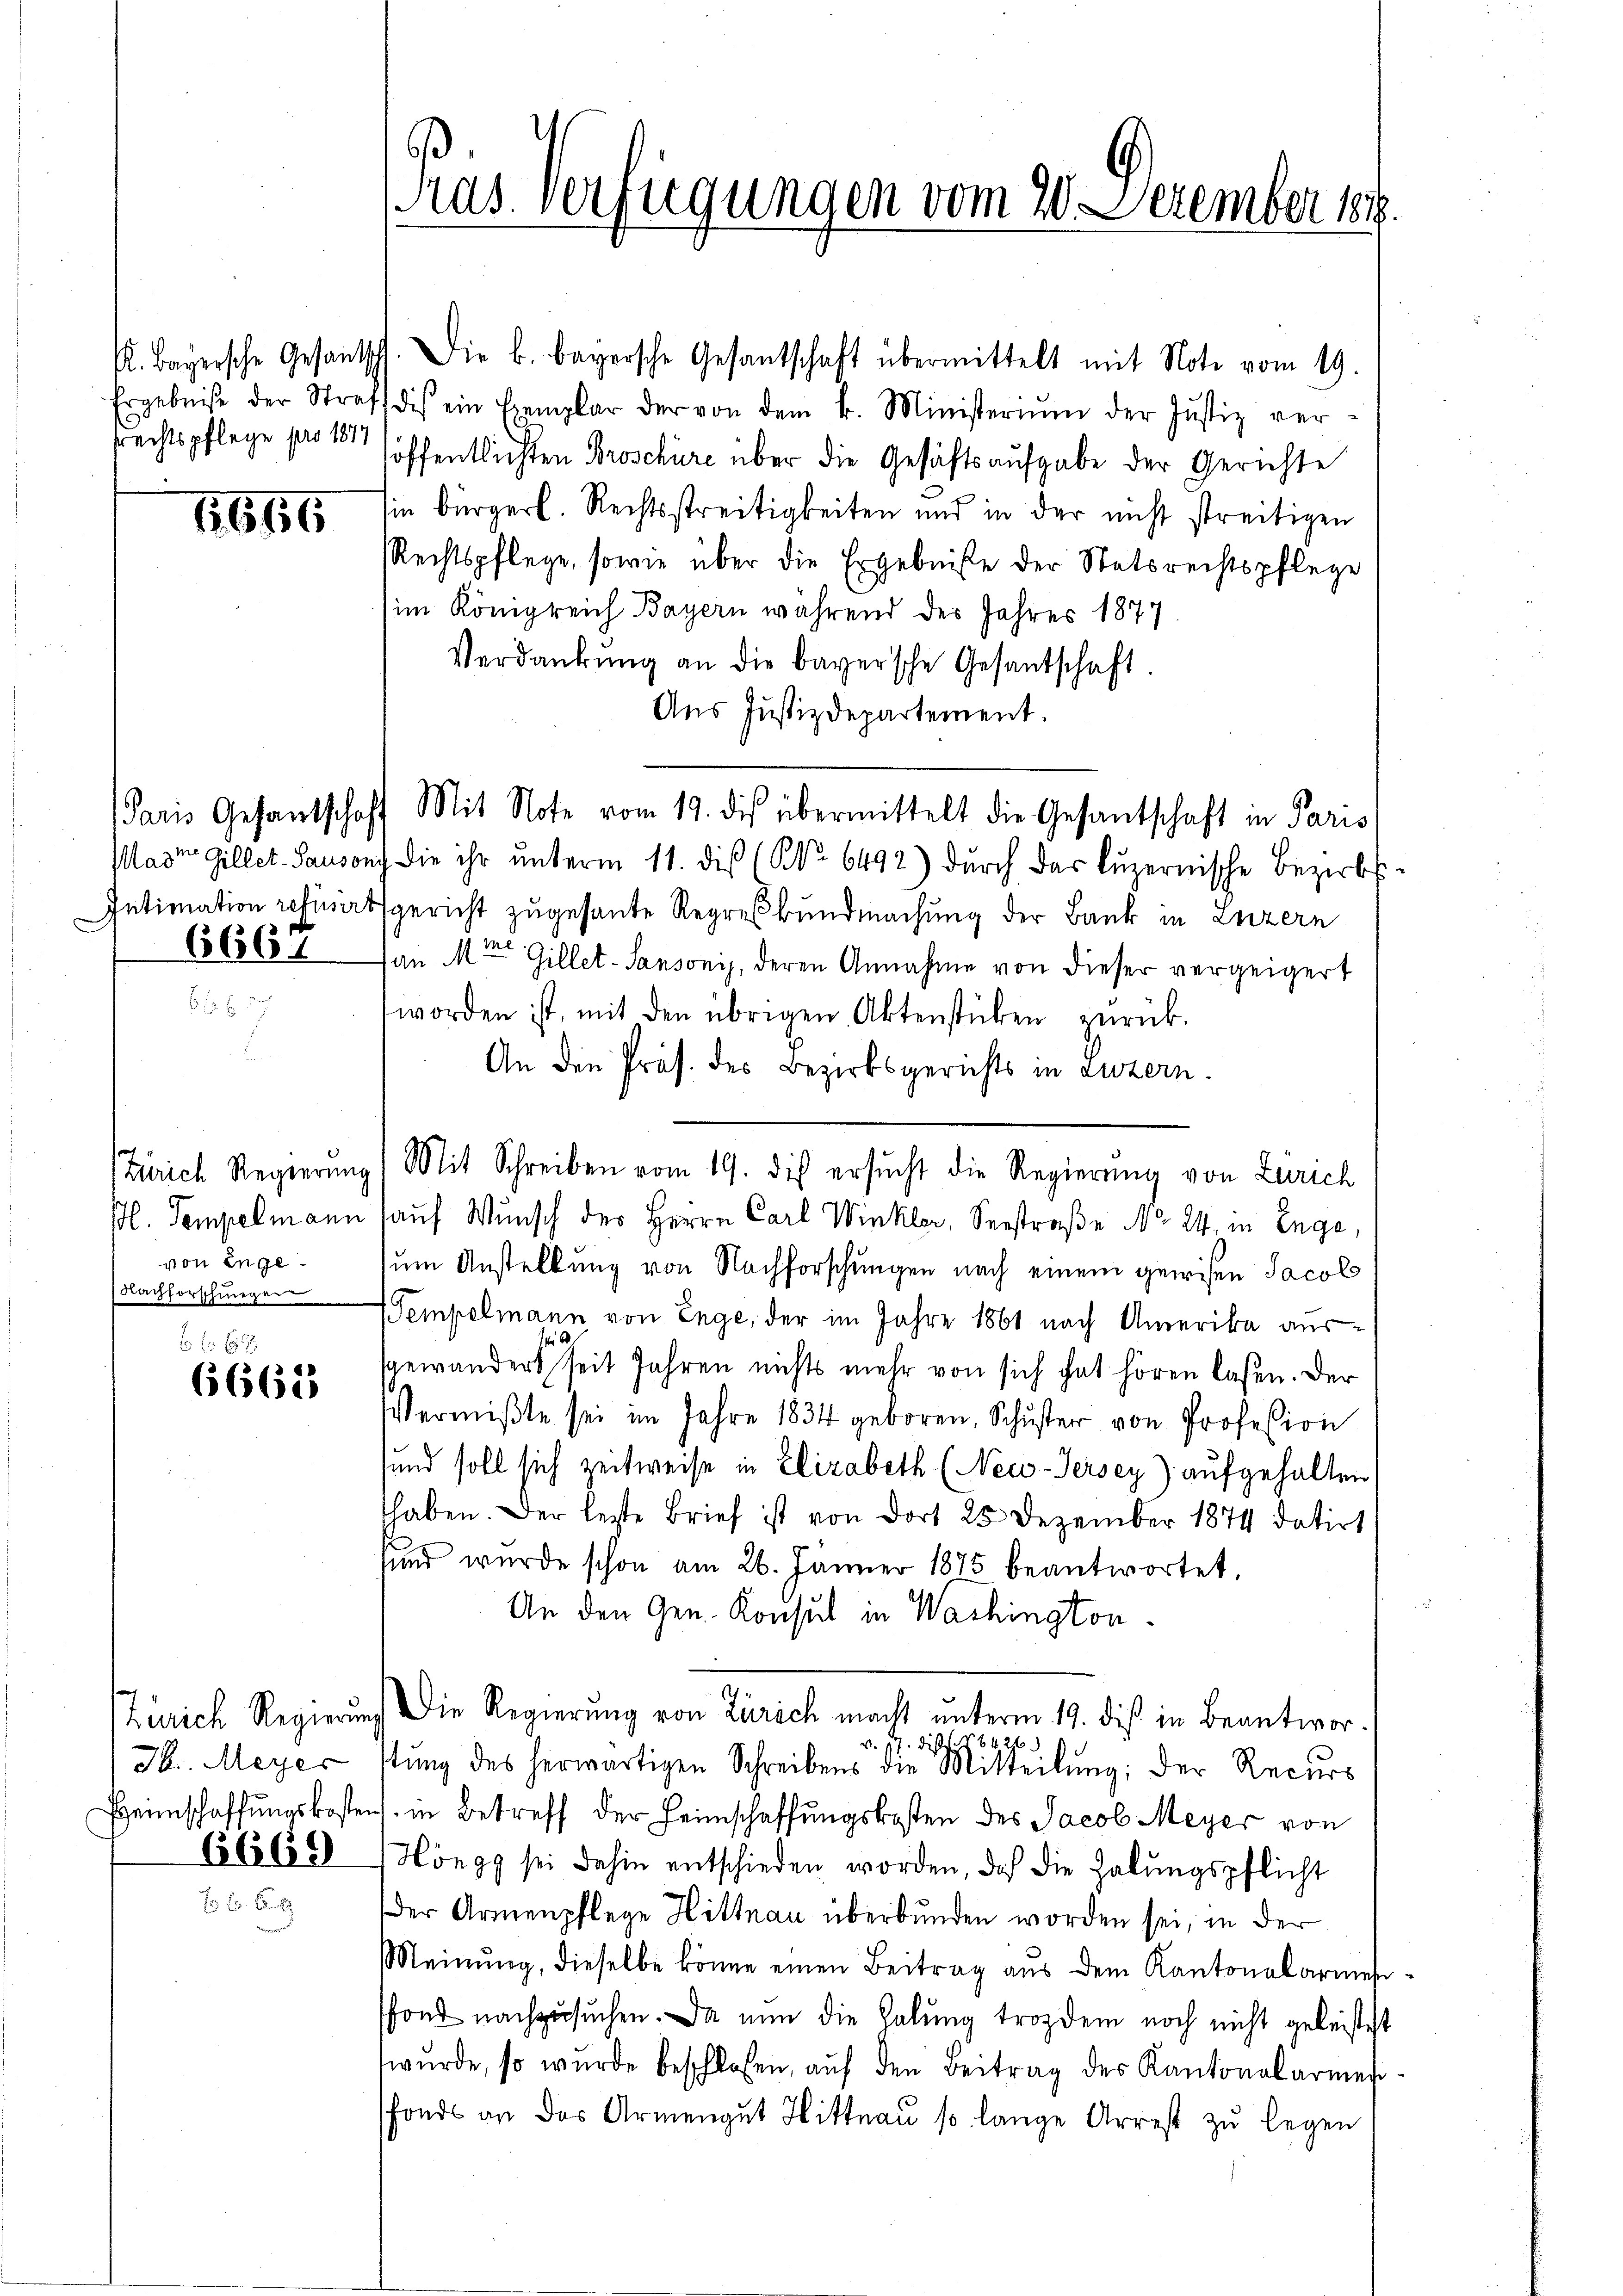
srechtspflege pro 1874

1615

6661

6 f 0 x
6663

von Enge
Nachforschungen

H. Meyer
6669

6
Pras. Verfügungen vom 20. Dezember 1848.

K. Bayersche Gesantsch. Die k. bayersche Gesantschaft übermittelt mit Note vom 19.
Ergebniße der Straf dis ein Exemplar der von dem k. Ministeriŭm der Justiz ver-
löffentlichten Broschüre über die Gesäftsaufgabe der Gerichte
sin bürgerl. Rechtsstreitigkeiten und in der nicht streitigen
Rechtspflege, sowie über die Ergebniße der Statsrechtspflege
im Königreich Bayern während des Jahres 1877.
Verdankŭng an die bayersche Gesantschaft.
Aus Justizdepartement.
Paris Gesantschaft Mit Note vom 19. dis übermittelt die Gesantschaft in Paris
Maste Gillet. Sausung die ihr ŭnterm 11. dieß (No 6492) dŭrch das Lŭzernische Bezirks¬
Intimation refinirtsgericht zugesante Regreßbundmachung der Bank in Luzern
an M. Gillet-Sansonis, deren Annahme von dieser vergeigert
worden ist, mit den übrigen Aktenstücken zŭrück-
An den Präs. des Bezirksgerichts in Luzern.
Zürich Regierŭng (Mit Schreiben vom 19. die ersŭcht die Regierŭng von Zürich
ßl. Tempelmann auf Wunsch der Herrn Carl Winkler, Verstraße No 24, in Enge,
um Anstellung von Nachforschungen nach einem gewisen Jacob
Tempelmann von Enge, der im Jahre 1861 nach Amerika aus-
s
sgewandert seit Jahren nichts mehr von sich hat hören lassen. Der
Vermißte sei im Jahre 1834 geboren, Schŭster von Profession
und soll sich zeitweise in Elizabeth (Neco-Jersey) aufgehalten
haben. Der letzte Brief ist von dort 25 Dezember 1874 datirt
sund wurde schon am 26. Jänner 1875 beantwortet,
An den Gen. Konsul in Washington
Zürich Regierung die Regierŭng von Zürich macht ŭnterm 19. diβ in Beantwor-
v. 17. dieses No 645
stŭng des herwärtigen Schreibens die Mitteilŭng, der Recurs
Heimschaffŭngskostens in Betreff der Heimschaffungskosten des Jacob Meyer von
Höngg sei dahin entschieden worden, daß die Habungspflicht
Der Armenpflege Hittnau überbunden worden sei, in der
Meinung, dieselbe könne einen Beitrag aus dem Kantonalarmesfond nachzusuchen. Da nun die Habung trozdem noch nicht geleistest
wurde, so wurde beschlossen, auf den Beitrag des Kantonalarmenfonds an das Armengut Hittnau so lange Arrest zu legen